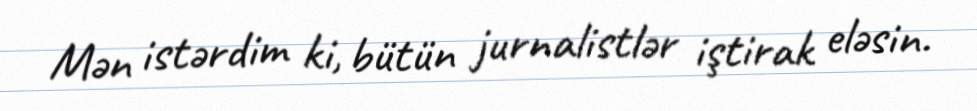
Mən istərdim ki, bütün jurnalistlər iştirak eləsin.